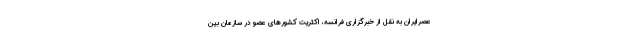
عصرایران به نقل از خبرگزاری فرانسه، اکثریت کشورهای عضو در سازمان بین